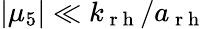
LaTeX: |\mu_{5}|\ll k_{\mathrm{~r~h~}}/a_{\mathrm{~r~h~}}